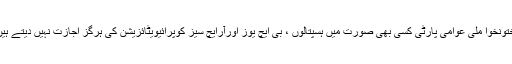
پختونخوا ملی عوامی پارٹی کسی بھی صورت میں ہسپتالوں ، بی ایچ یوز اورآرایچ سیز کوپرائیویٹائزیشن کی ہرگز اجازت نہیں دیتے ہیں۔